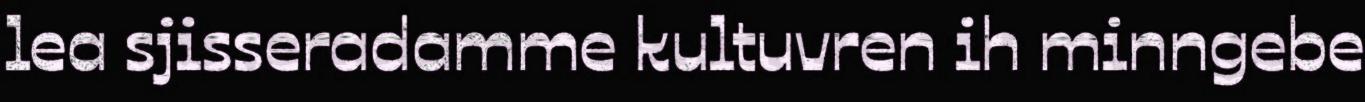
lea sjisseradamme kultuvren ih minngebe